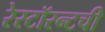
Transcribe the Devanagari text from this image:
रेस्टॉरन्टची